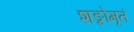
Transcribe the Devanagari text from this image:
शङ्खोमृतं